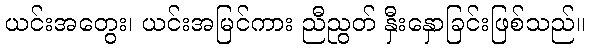
ယင်းအတွေး၊ ယင်းအမြင်ကား ညီညွတ် နှီးနှောခြင်းဖြစ်သည်။